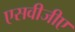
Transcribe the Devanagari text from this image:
एसवीजीए